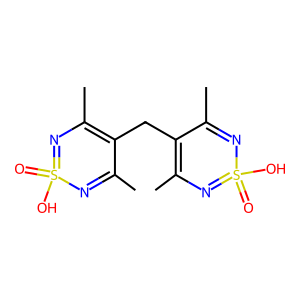
SMILES: CC1=NS(=O)(O)=NC(C)=C1CC1=C(C)N=S(=O)(O)N=C1C
Inhibits HIV replication: No